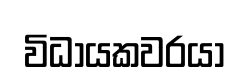
විධායකවරයා